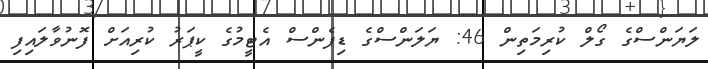
ލަޔަންސްގެ ގޯލް ކުރިމަތިން 46: ޔަލަންސްގެ ޑިފެންސް އެޓީމުގެ ކީޕަރު ކުރިއަށް ފޮނުވާލައިފި